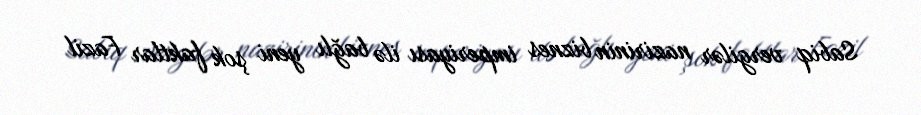
Sabiq vergilər nazirinin biznes imperiyası ilə bağlı yeni şok faktlar Fazil